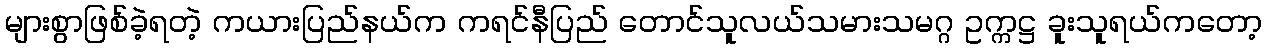
များစွာဖြစ်ခဲ့ရတဲ့ ကယားပြည်နယ်က ကရင်နီပြည် တောင်သူလယ်သမားသမဂ္ဂ ဥက္ကဋ္ဌ ခူးသူရယ်ကတော့